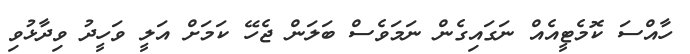
ހާއްސަ ކޮމެޓީއެއް ނަގައިގެން ނަމަވެސް ބަލަން ޖެހޭ ކަމަށް އަލީ ވަހީދު ވިދާޅުވި